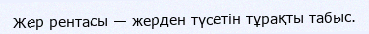
Жер рентасы — жерден түсетін тұрақты табыс.